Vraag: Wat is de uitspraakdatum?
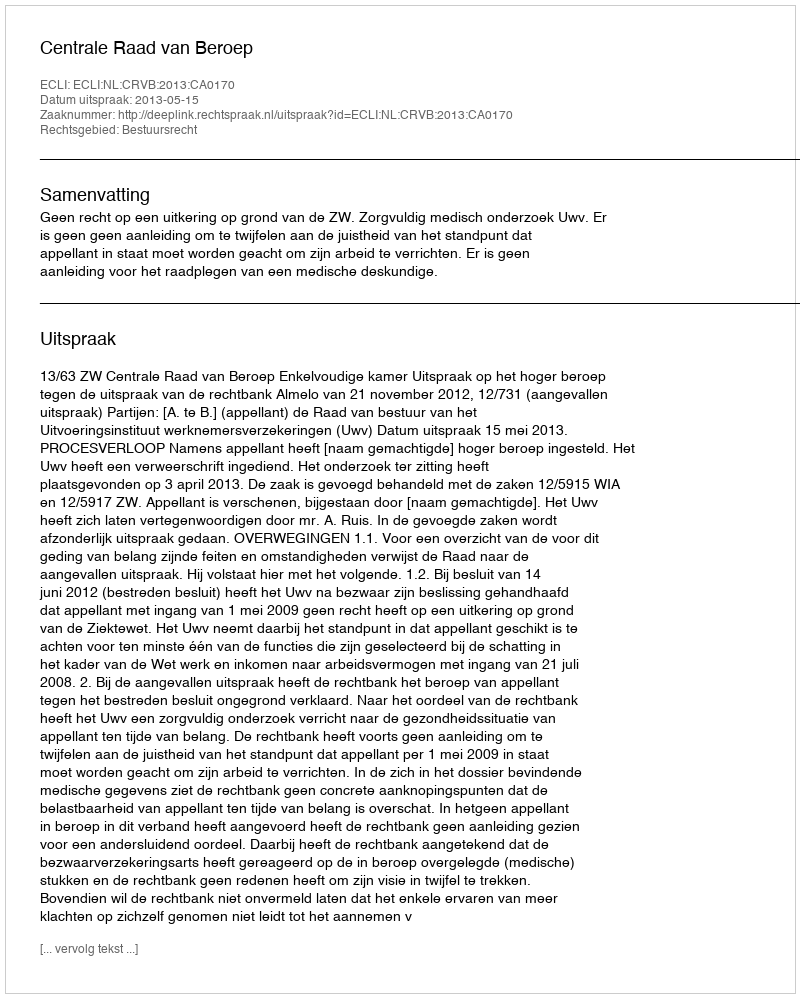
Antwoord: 2013-05-15